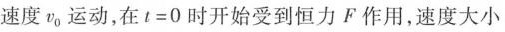
速度v_{0}运动，在$$t = 0$$时开始受到恒力F作用，速度大小